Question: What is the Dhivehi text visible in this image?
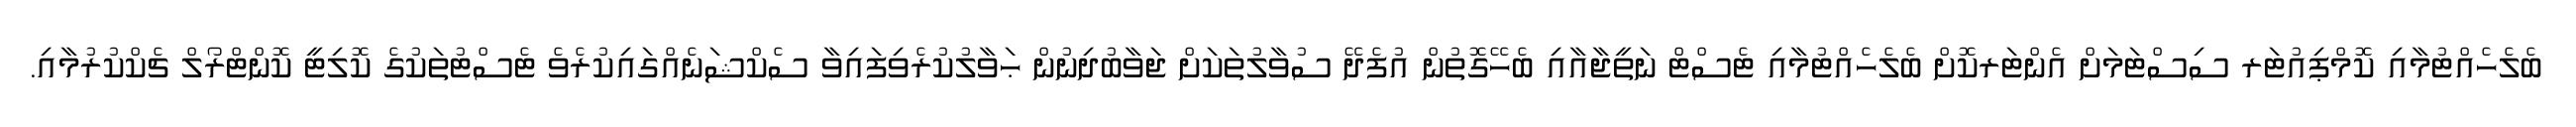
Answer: ބެލެހެއްޓުމާއި ކޮމްޕިއުޓަރ ސިސްޓަމަށް އެންޓަރކޮށް ބެލެހެއްޓުމާއި ޓެސްޓް ނަތީޖާއާއި ބެހޭގޮތުން އުފެދޭ ސުވާލުތަކަށް ޖަވާބުދިނުން ޙަވާލުކުރެވިފައިވާ ސެކްޝަނެއްގައިކުރެވެ ޓެސްޓުތަކުގެ ކޮލިޓީ ކޮންޓްރޯލް ޗެކްކުރުމާއި.